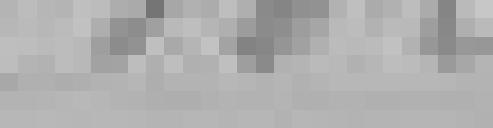
182